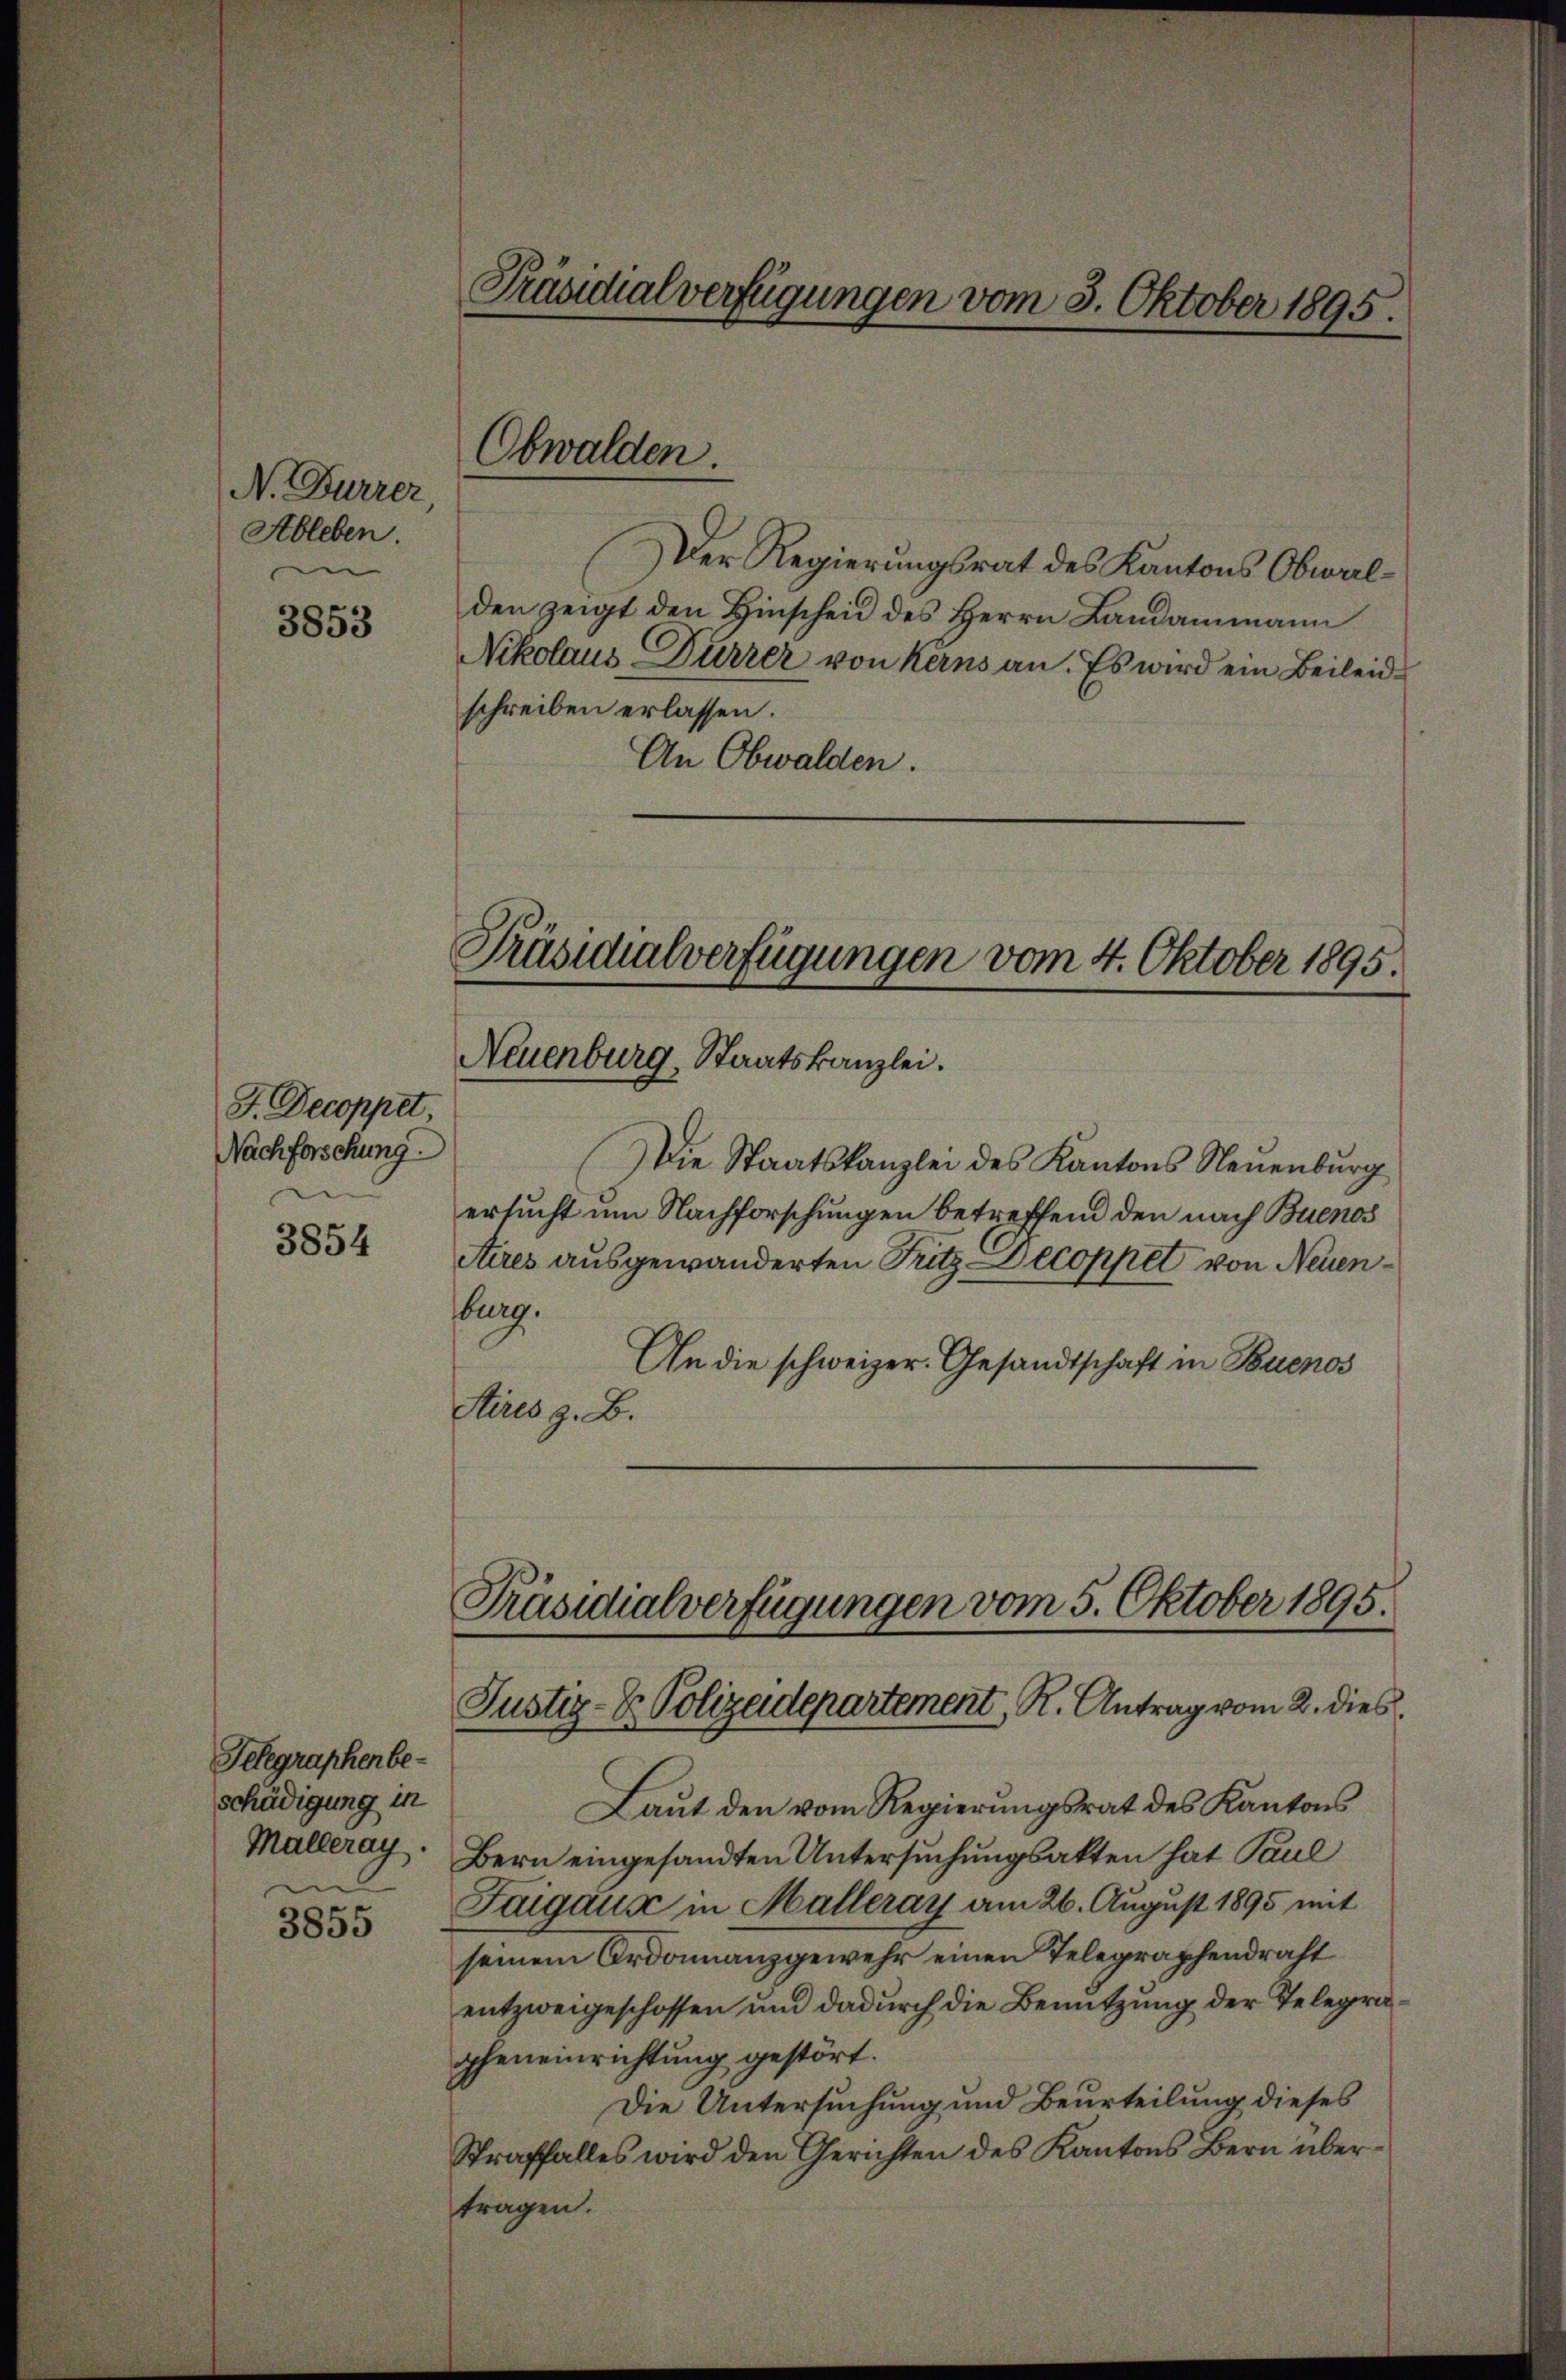
N. Dürrer
Ableben.
e
3853

F. Decoppet,
Nachforschung.
3854

Telegraphenbeschädigung in
Malleray.
n

3855

Der Regierungsrat des Kantons Obwalden zeigt den Hinscheid des Herrn Landammann
Nikolaus, Dürrer von kerns an. Es wird ein Beileide
schreiben erlassen.
An Obwalden.

Präsidialverfügungen vom 3. Oktober 1895.

Obwalden.

Präsidialverfügungen vom 4. Oktober 1895.
Neuenburg, Staatskanzlei.

Präsidialverfügungen vom 5. Oktober 1895.
Justiz- & Polizeidepartement, R. Antrag vom 2. dies

Die Staatskanzlei des Kantons Neuenburg
ersucht um Nachforschungen betreffend den nach Buenos
Aires ausgewanderten Tritz ecoppet von Neuenburg.
An die schweizer. Gesandtschaft in Buenos
Aires z. B.

Laut den vom Regierungsrat des Kantons
Bern eingesandten Untersuchungsakten hat Paul
Faigaus in Malleray am 26. August 1895 mit
seinem Ordonnanzgewehr einen Telegraphendraht
entzweigeschossen und dadurch die Benutzung der Telegrapeneinrichtung gestört.
Die Untersuchung und Beurteilung dieses
Straffalles wird den Gerichten des Kantons Bern übertragen.